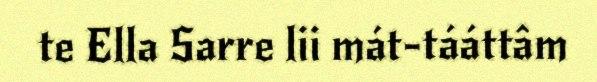
te Ella Sarre lii mát-tááttâm